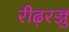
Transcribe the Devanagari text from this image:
रीढ़रज्जु